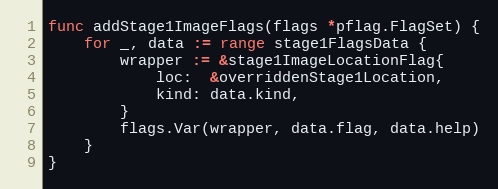
Language: Go
func addStage1ImageFlags(flags *pflag.FlagSet) {
	for _, data := range stage1FlagsData {
		wrapper := &stage1ImageLocationFlag{
			loc:  &overriddenStage1Location,
			kind: data.kind,
		}
		flags.Var(wrapper, data.flag, data.help)
	}
}